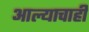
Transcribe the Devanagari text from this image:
आल्याचाही